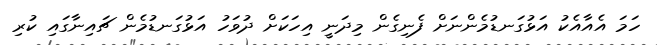
ހަމަ އެއާއެކު އަޅުގަނޑުމެންނަށް ފެނިގެން މިދަނީ އިހަކަށް ދުވަހު އަޅުގަނޑުމެން ޗައިނާގައި ކުރި